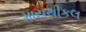
માયથીકલ